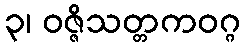
၃၊ ဝဇ္ဇိသတ္တကဝဂ္ဂ